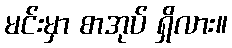
မင်းမှာ စာအုပ် ရှိလား။